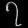
Digit: ၇